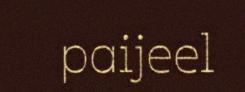
paijeel